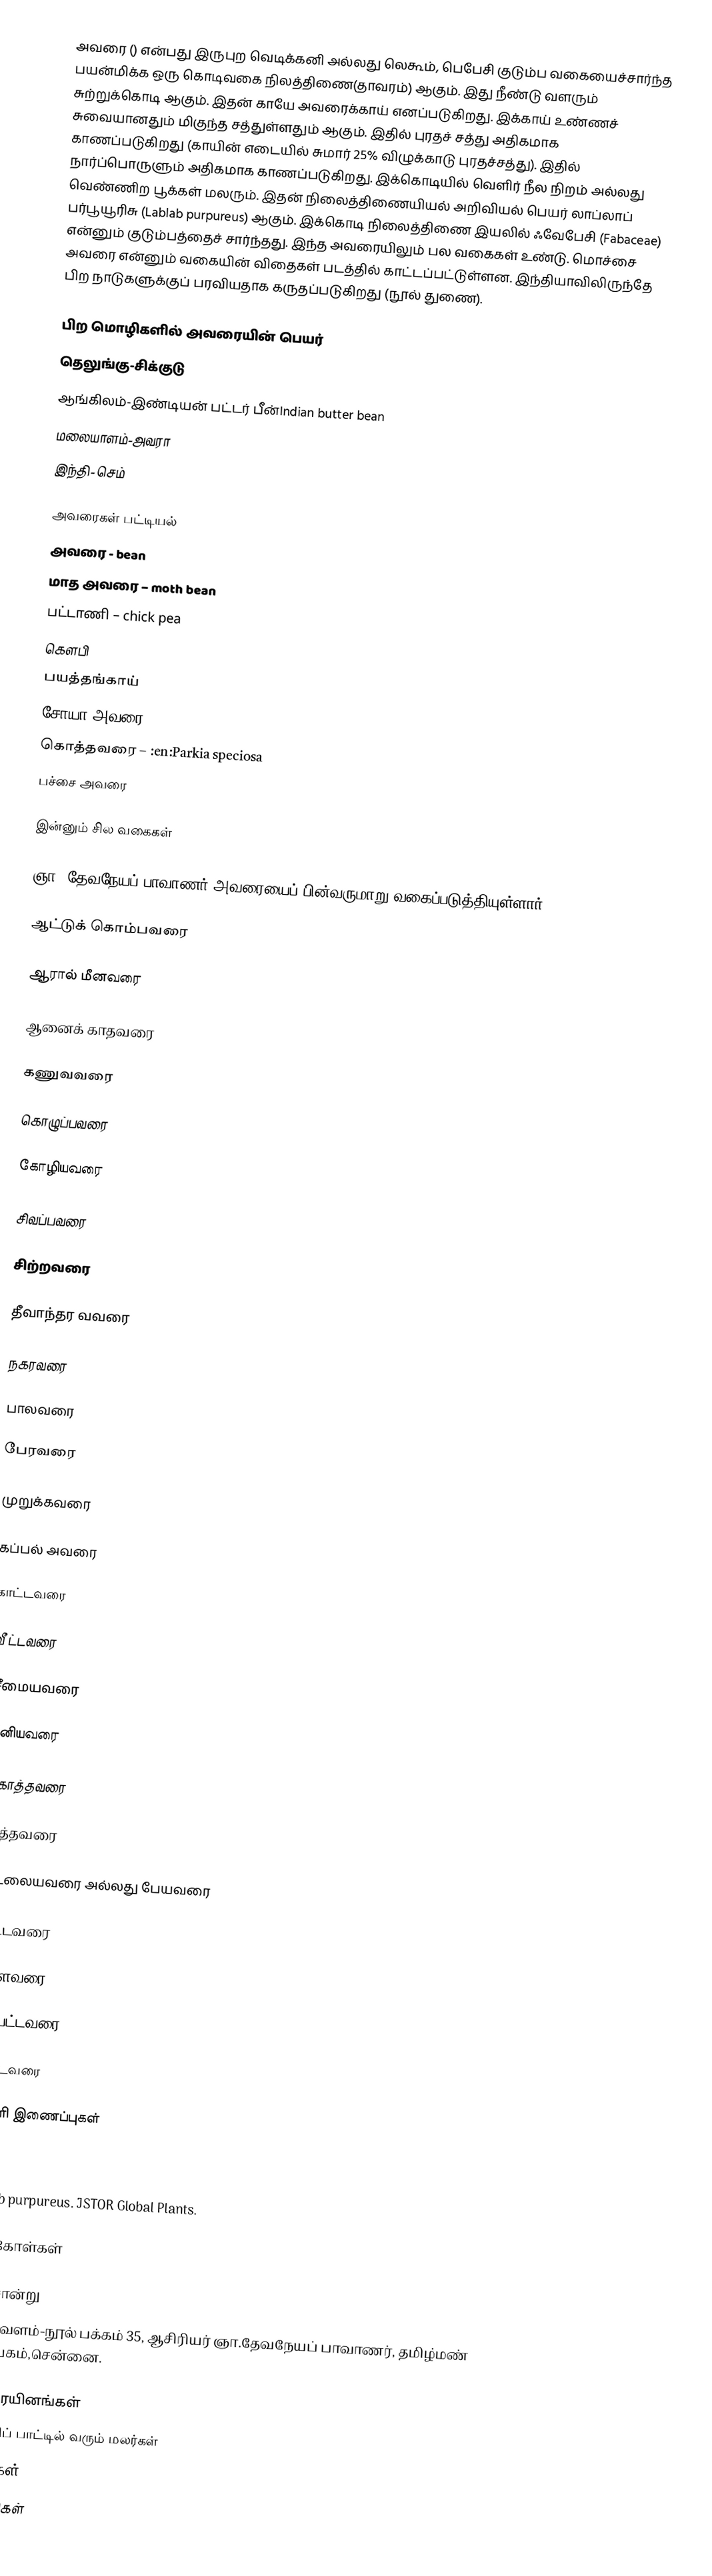
அவரை () என்பது இருபுற வெடிக்கனி அல்லது லெகூம், பெபேசி குடும்ப வகையைச்சார்ந்த பயன்மிக்க ஒரு கொடிவகை நிலத்திணை(தாவரம்) ஆகும். இது நீண்டு வளரும் சுற்றுக்கொடி ஆகும். இதன் காயே அவரைக்காய் எனப்படுகிறது. இக்காய் உண்ணச் சுவையானதும் மிகுந்த சத்துள்ளதும் ஆகும். இதில் புரதச் சத்து அதிகமாக காணப்படுகிறது (காயின் எடையில் சுமார் 25% விழுக்காடு புரதச்சத்து). இதில் நார்ப்பொருளும் அதிகமாக காணப்படுகிறது. இக்கொடியில் வெளிர் நீல நிறம் அல்லது வெண்ணிற பூக்கள் மலரும். இதன் நிலைத்திணையியல் அறிவியல் பெயர் லாப்லாப் பர்பூயூரிசு (Lablab purpureus) ஆகும். இக்கொடி நிலைத்திணை இயலில் ஃவேபேசி (Fabaceae) என்னும் குடும்பத்தைச் சார்ந்தது. இந்த அவரையிலும் பல வகைகள் உண்டு. மொச்சை அவரை என்னும் வகையின் விதைகள் படத்தில் காட்டப்பட்டுள்ளன. இந்தியாவிலிருந்தே பிற நாடுகளுக்குப் பரவியதாக கருதப்படுகிறது (நூல் துணை).

பிற மொழிகளில் அவரையின் பெயர்
தெலுங்கு-சிக்குடு
ஆங்கிலம்-இண்டியன் பட்டர் பீன்Indian butter bean
மலையாளம்-அவரா
இந்தி- செம்

அவரைகள் பட்டியல்
 அவரை - bean
 மாத அவரை – moth bean
 பட்டாணி – chick pea
 கெளபி
 பயத்தங்காய்
 சோயா அவரை
 கொத்தவரை – :en:Parkia speciosa
 பச்சை அவரை

இன்னும் சில வகைகள்

ஞா. தேவநேயப்  பாவாணர்  அவரையைப் பின்வருமாறு  வகைப்படுத்தியுள்ளார்.

 ஆட்டுக் கொம்பவரை

 ஆரால் மீனவரை

 ஆனைக்  காதவரை

 கணுவவரை

 கொழுப்பவரை

 கோழியவரை

 சிவப்பவரை

 சிற்றவரை

 தீவாந்தர வவரை

 நகரவரை

 பாலவரை

 பேரவரை

 முறுக்கவரை

 கப்பல் அவரை

 காட்டவரை

 வீ ட்டவரை

 சீமையவரை

 சீனியவரை

 கொத்தவரை

 குத்தவரை

 சுடலையவரை அல்லது பேயவரை

 பட்டவரை

 வாளவரை

 தம்பட்டவரை

 சாட்டவரை

வெளி இணைப்புகள்

Dolichos bean, Lablab purpureus (L.) Sweet  by the University of Agricultural Sciences, Bangalore, India

Lablab purpureus. JSTOR Global Plants.

மேற்கோள்கள்

மேற்சான்று
தமிழ் வளம்-நூல் பக்கம் 35, ஆசிரியர் ஞா.தேவநேயப் பாவாணர், தமிழ்மண் பதிப்பகம்,சென்னை.

அவரையினங்கள்
குறிஞ்சிப் பாட்டில் வரும் மலர்கள்
கொடிகள்
காய்கறிகள்